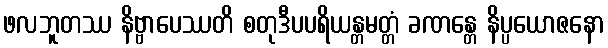
ဖလဘူတဿ နိဗ္ဗာပေဿတိ စတုဒီပပရိယန္တမတ္တံ ခဏန္တေ နိပ္ပယောဇနော